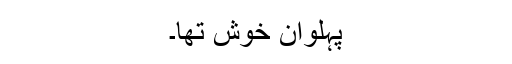
پہلوان خوش تھا۔